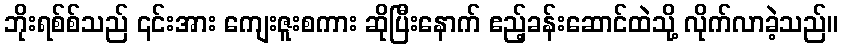
ဘိုးရစ်စ်သည် ၎င်းအား ကျေးဇူးစကား ဆိုပြီးနောက် ဧည့်ခန်းဆောင်ထဲသို့ လိုက်လာခဲ့သည်။